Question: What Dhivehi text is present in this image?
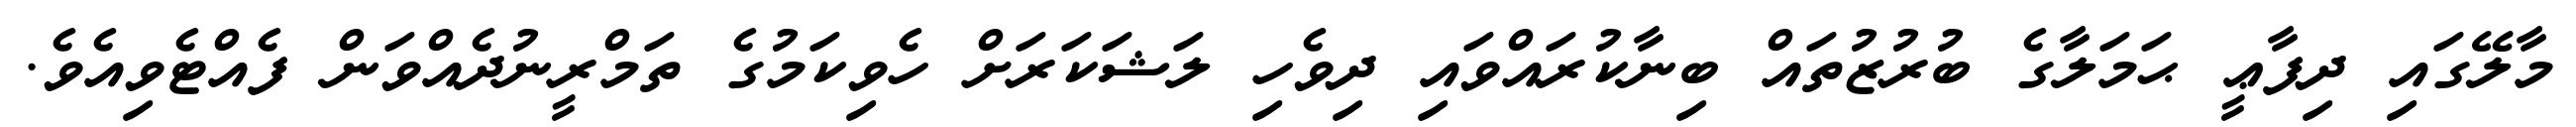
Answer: މާލޭގައި ދިފާޢީ ޙަމަލާގެ ބުރުޒުތައް ބިނާކުރައްވައި ދިވެހި ލަޝަކަރަށް ހެވިކަމުގެ ތަމްރީނުދެއްވަން ފެއްޓެވިއެވެ.